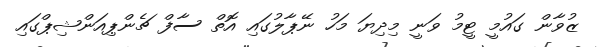
ޒުވާން ގައުމީ ޓީމު ވަނީ މިދިޔަ މަހު ނޭޕާލުގައި އޮތް ސާފް ޗެންޕިއަންޝިޕްގައި